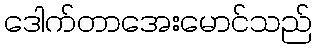
ဒေါက်တာအေးမောင်သည်